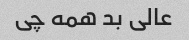
عالی بد همه چی